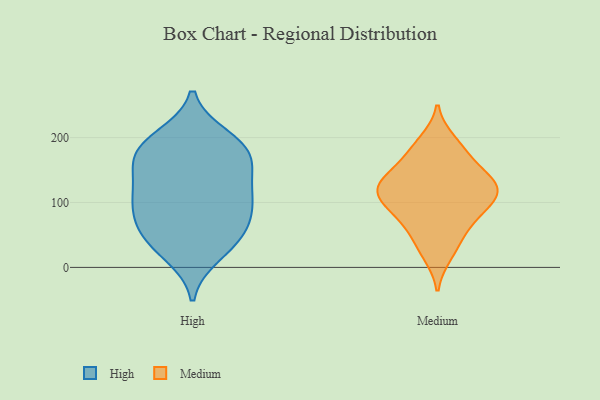
{"axis": {"x": "Gross Profit (USD K)", "y": "Value"}, "legend": ["High", "Medium"], "data": [{"x": "", "y": 109, "type": "High"}, {"x": "", "y": 200, "type": "High"}, {"x": "", "y": 179, "type": "High"}, {"x": "", "y": 189, "type": "High"}, {"x": "", "y": 57, "type": "High"}, {"x": "", "y": 117, "type": "High"}, {"x": "", "y": 91, "type": "High"}, {"x": "", "y": 164, "type": "High"}, {"x": "", "y": 189, "type": "High"}, {"x": "", "y": 20, "type": "High"}, {"x": "", "y": 112, "type": "High"}, {"x": "", "y": 147, "type": "High"}, {"x": "", "y": 64, "type": "High"}, {"x": "", "y": 161, "type": "High"}, {"x": "", "y": 33, "type": "High"}, {"x": "", "y": 89, "type": "High"}, {"x": "", "y": 46, "type": "High"}, {"x": "", "y": 128, "type": "Medium"}, {"x": "", "y": 64, "type": "Medium"}, {"x": "", "y": 119, "type": "Medium"}, {"x": "", "y": 112, "type": "Medium"}, {"x": "", "y": 65, "type": "Medium"}, {"x": "", "y": 142, "type": "Medium"}, {"x": "", "y": 110, "type": "Medium"}, {"x": "", "y": 194, "type": "Medium"}, {"x": "", "y": 177, "type": "Medium"}, {"x": "", "y": 99, "type": "Medium"}, {"x": "", "y": 181, "type": "Medium"}, {"x": "", "y": 139, "type": "Medium"}, {"x": "", "y": 20, "type": "Medium"}, {"x": "", "y": 121, "type": "Medium"}, {"x": "", "y": 79, "type": "Medium"}, {"x": "", "y": 144, "type": "Medium"}, {"x": "", "y": 101, "type": "Medium"}, {"x": "", "y": 32, "type": "Medium"}]}